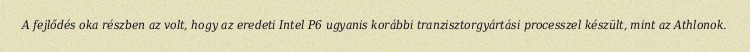
A fejlődés oka részben az volt, hogy az eredeti Intel P6 ugyanis korábbi tranzisztorgyártási processzel készült, mint az Athlonok.